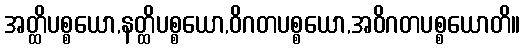
အတ္ထိပစ္စယော,နတ္ထိပစ္စယော,ဝိဂတပစ္စယော,အဝိဂတပစ္စယောတိ။